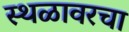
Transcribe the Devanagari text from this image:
स्थळावरचा